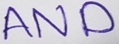
Text: AND